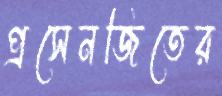
প্রসেনজিতের